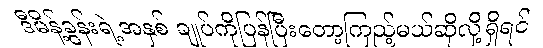
ဒီမိန့်ခွန်းရဲ့အနှစ် ချုပ်ကိုပြန်ပြီးတော့ကြည့်မယ်ဆိုလို့ရှိရင်